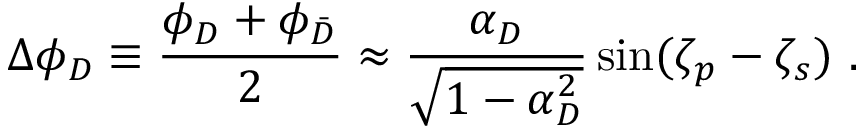
\Delta \phi _ { D } \equiv \frac { \phi _ { D } + { \phi } _ { \bar { D } } } { 2 } \approx \frac { \alpha _ { D } } { \sqrt { 1 - \alpha _ { D } ^ { 2 } } } \sin ( \zeta _ { p } - \zeta _ { s } ) \ .